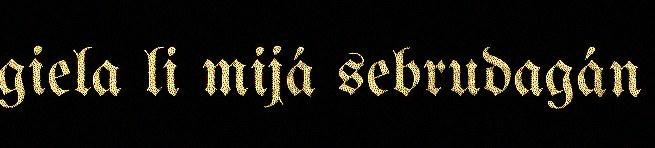
giela li mijá sebrudagán